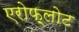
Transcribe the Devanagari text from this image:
एरोफ़्लोट